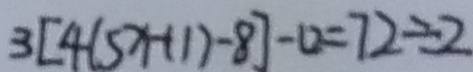
3 [ 4 ( 5 x + 1 ) - 8 ] - 0 = 7 2 \div 2